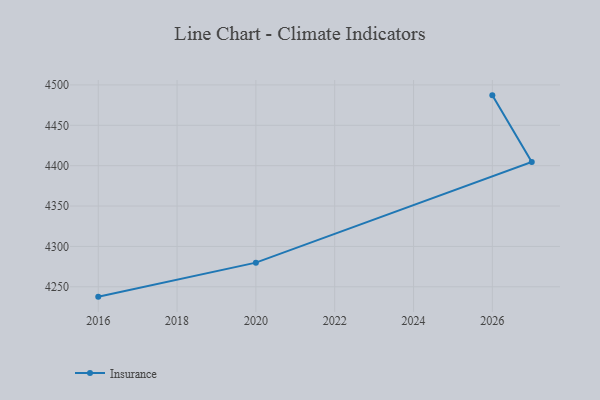
{"axis": {"x": "Year", "y": "Latency (ms)"}, "legend": ["Insurance"], "data": [{"x": "2016", "y": 4237.8, "type": "Insurance"}, {"x": "2020", "y": 4279.9, "type": "Insurance"}, {"x": "2027", "y": 4404.5, "type": "Insurance"}, {"x": "2026", "y": 4487.1, "type": "Insurance"}]}